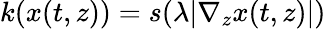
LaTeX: k(x(t,z))=s(\lambda|\nabla_{z}x(t,z)|)